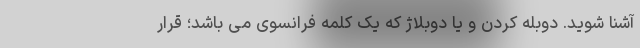
آشنا شوید. دوبله کردن و یا دوبلاژ که یک کلمه فرانسوی می باشد؛ قرار